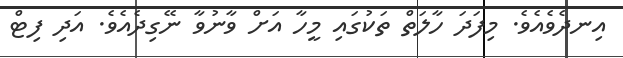
އިނދެވެއެވެ. މިފަދަ ހާލަތް ތަކުގައި މީހާ އަށް ވާނުވާ ނޭގިދެއެވެ. އަދި ފިޓް